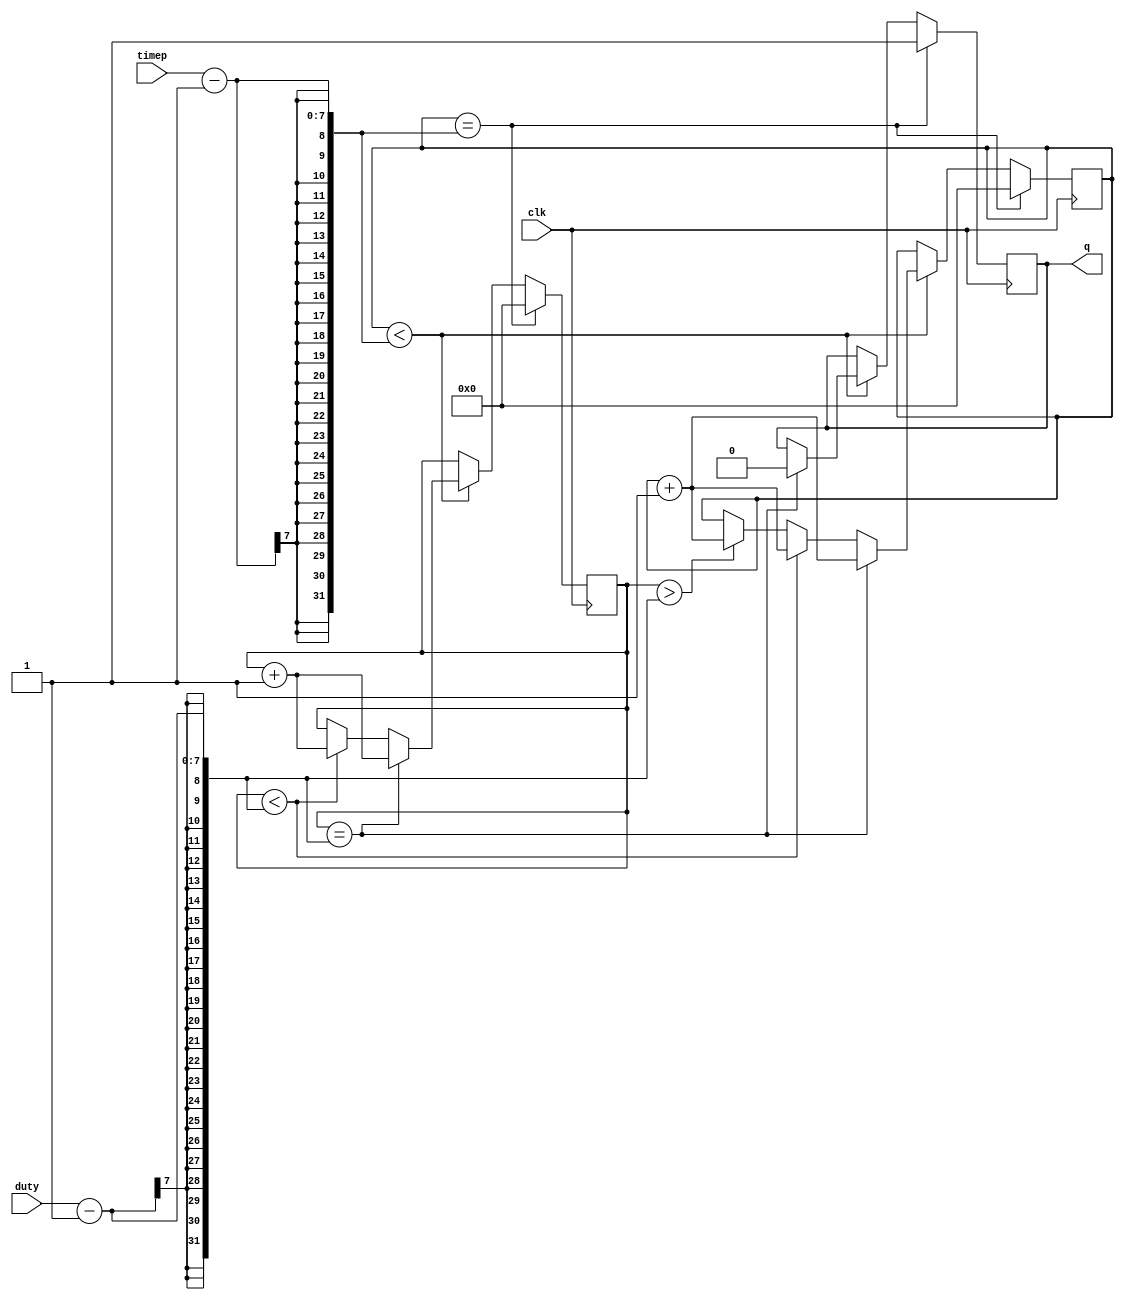
module pwm(clk,duty,timep,q);
input clk;
input [6:0]timep;
input [6:0] duty;
output reg q;

reg [7:0]counter1;
reg [7:0]counter2;
wire q1;

initial
begin 
    q=1;
    counter1=0;
    counter2=0;
end

always @(posedge clk)
begin
    if(counter1==timep-1)
    begin
        q=1;
        counter1=0;
        counter2=0;
    end
        
        
    else if(counter1<timep-1)
    begin
    
        if(counter2==duty-1)
        begin
            q=0;
            counter1=counter1+1;
            counter2=counter2+1;
        end
        
        else if(counter2<duty-1)
        begin 
            counter1=counter1+1;
            counter2=counter2+1;
        end 
        else if(counter2>duty-1)
            counter1=counter1+1;
    end
end


endmodule